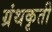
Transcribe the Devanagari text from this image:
ग्रंथकृती